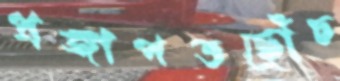
প্রজাপতছোঁচ